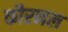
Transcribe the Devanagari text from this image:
कौरनल